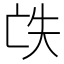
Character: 𠅎